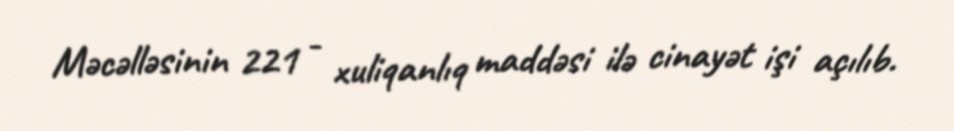
Məcəlləsinin 221 - xuliqanlıq maddəsi ilə cinayət işi açılıb.